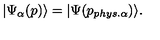
| \Psi _ { \alpha } ( p ) \rangle = | \Psi ( p _ { p h y s . \alpha } ) \rangle .